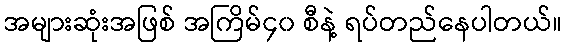
အများဆုံးအဖြစ် အကြိမ်၄၀ စီနဲ့ ရပ်တည်နေပါတယ်။